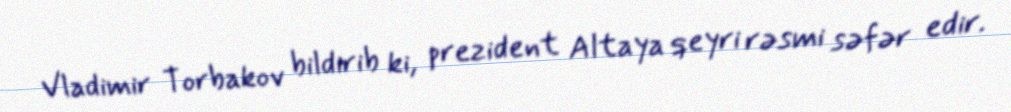
Vladimir Torbakov bildirib ki, prezident Altaya qeyri rəsmi səfər edir.